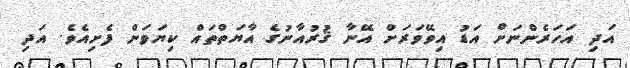
އަދި އަހަރެންނަށް އަޑު އިވޭވަރަށް އޭނާ ޤުރުއާނުގެ އާޔަތްތައް ކިޔަވަން ފެށިއެވެ. އަދި